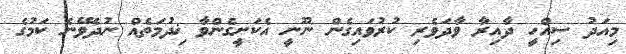
މިއަދު ސިއްހީ ދާއިރާ ވާދަވެރި ކުރުވައިގެން ނޫނީ އެކަށީގެންވާ ޚިދުމަތެއް ނުދެވޭނެ ކަމުގެ